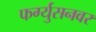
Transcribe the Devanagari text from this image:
फर्ग्युसनवर